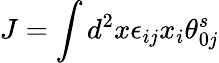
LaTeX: J=\int d^{2}x\epsilon_{ij}x_{i}\theta_{0j}^{s}